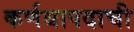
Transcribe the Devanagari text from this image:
कर्णधापदाची